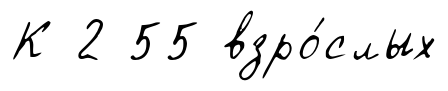
К 2 55 взро́слых